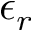
\epsilon _ { r }